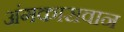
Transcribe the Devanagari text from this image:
अंगकासवान